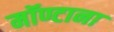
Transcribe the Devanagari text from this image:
मॉण्टाना